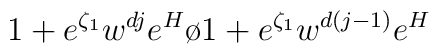
{{1+ e^{\zeta_1} w^{dj}e^{H}}\o {1+ e^{\zeta_1} w^{d(j-1)}e^{H}}}